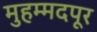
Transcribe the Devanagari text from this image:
मुहम्मदपूर